Vaccination in Burma 1920-1933 - 1920-1933
Year: 1920
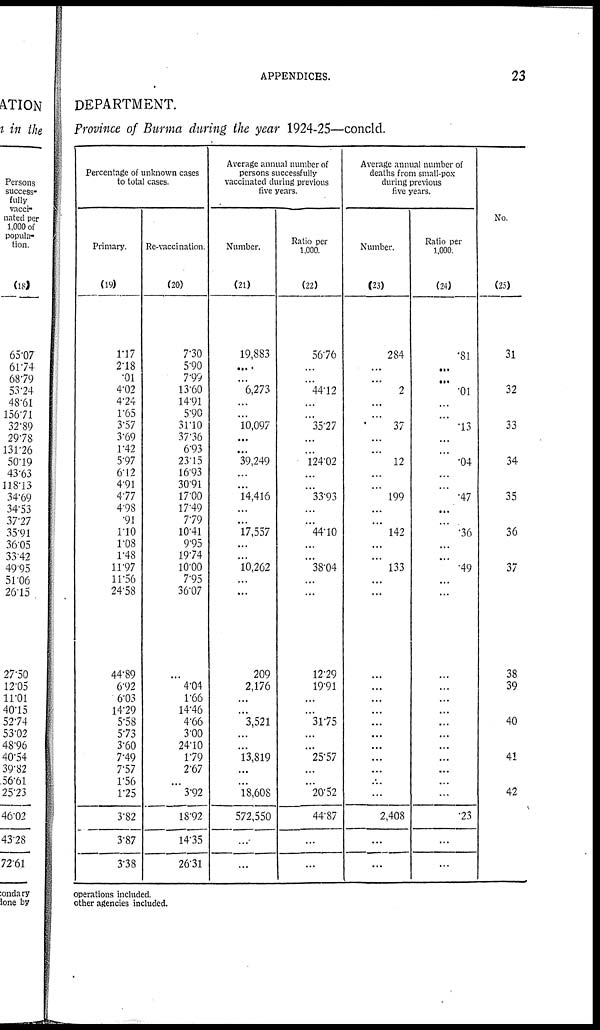
APPENDICES.
23
DEPARTMENT.
Province of Burma during the year 1924-25—concld.
Percentage of unknown cases
to total cases.
Primary.
(19)
1.17
2.18
.01
4.02
4.24
1.65
3.57
3.69
1.42
5.97
6.12
4.91
4.77
4.98
.91
1.10
1.08
1.48
11.97
11.56
24.58
44.89
6.92
6.03
14.29
5.58
5.73
3.60
7.49
7.57
1.56
1.25
3.82
3.87
3.38
Re-vaccination.
(20)
7.30
5.90
7.99
13.60
14.91
5.90
31.10
37.36
6.93
23.15
16.93
30.91
17.00
17.49
7.79
10.41
9.95
19.74
10.00
7.95
36.07
...
4.04
1.66
14.46
4.66
3.00
24.10
1.79
2.67
...
3.92
18.92
14.35
26.31
Average annual number of
persons successfully
vaccinated during previous
five years.
Number.
(21)
19,883
...
...
6,273
...
...
10,097
...
...
39,249
...
...
14,416
...
...
17,557
...
...
10,262
...
...
209
2,176
...
...
3,521
...
...
13,819
...
...
18,608
572,550
....
...
Ratio per
1,000.
(22)
56.76
...
...
44.12
...
...
35.27
...
...
124.02
...
...
33.93
...
...
44.10
...
...
38.04
...
...
12.29
19.91
...
...
31.75
...
...
25.57
...
...
20.52
44.87
...
...
Average annual number of
deaths from small-pox
during previous
five years.
Number.
(23)
284
...
...
2
...
...
37
...
...
12
...
...
199
...
...
142
...
...
133
...
...
...
...
...
...
...
...
...
...
...
....
...
2,408
...
...
Ratio per
1,000.
(24)
.81
...
...
.01
...
...
.13
...
...
.04
...
...
.47
...
...
.36
...
...
.49
...
...
...
...
...
...
...
...
...
...
...
...
...
.23
...
...
No.
(25)
31
32
33
34
35
36
37
38
39
40
41
42
operations included.
other agencies included.